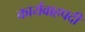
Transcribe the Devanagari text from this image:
कार्यवाहपदी